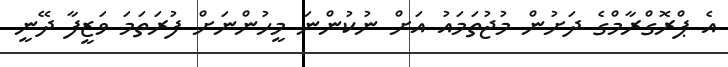
އެ ޕްރޮގްރާމްގެ ދަށުން މުޖުތަމައު އަށް ނުކުންނަ މީހުންނަށް ފުރަތަމަ ވަޒީފާ ދޭނީ